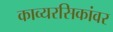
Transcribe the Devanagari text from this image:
काव्यरसिकांवर